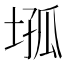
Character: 𡍢